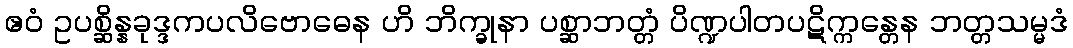
ဧဝံ ဥပစ္ဆိန္နခုဒ္ဒကပလိဗောဓေန ဟိ ဘိက္ခုနာ ပစ္ဆာဘတ္တံ ပိဏ္ဍပါတပဋိက္ကန္တေန ဘတ္တသမ္မဒံ